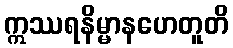
ဣဿရနိမ္မာနဟေတူတိ